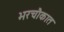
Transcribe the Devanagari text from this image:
भरचौकात